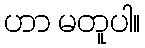
ဟာ မတူပါ။